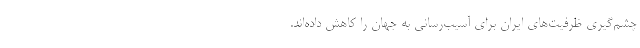
چشم‌گیری ظرفیت‌های ایران برای آسیب‌رسانی به جهان را کاهش داده‌اند.